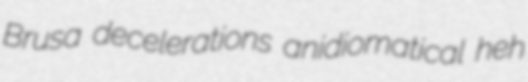
Brusa decelerations anidiomatical heh